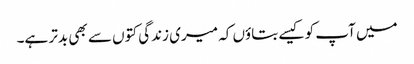
میں آپ کو کیسے بتاؤں کہ میری زندگی کتوں سے بھی بدتر ہے۔